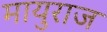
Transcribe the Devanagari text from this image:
मायुराज